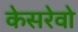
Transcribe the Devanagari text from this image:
केसरेवो